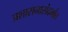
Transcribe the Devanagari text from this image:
प्रशासनासंदर्भात